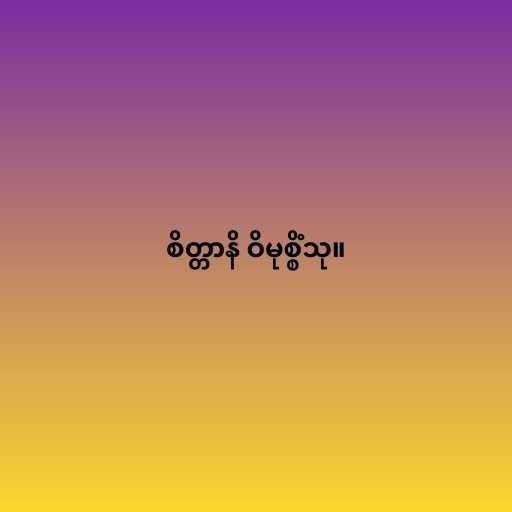
စိတ္တာနိ ဝိမုစ္စိံသု။